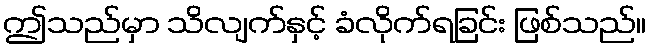
ဤသည်မှာ သိလျက်နှင့် ခံလိုက်ရခြင်း ဖြစ်သည်။